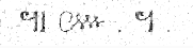
៕ ៚ . ។ .